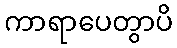
ကာရာပေတွာပိ